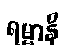
ရမ္မာနိ